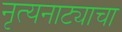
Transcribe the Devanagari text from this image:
नृत्यनाट्याचा